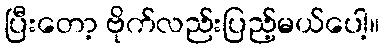
ပြီးတော့ ဗိုက်လည်းပြည့်မယ်ပေါ့။